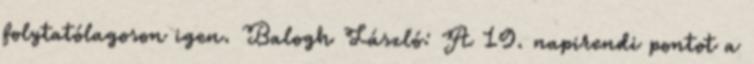
folytatólagoson igen. Balogh László: A 19. napirendi pontot a